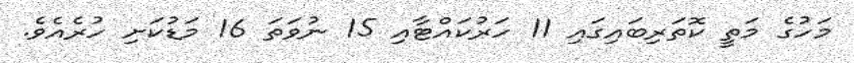
މަހުގެ މަތީ ކޮތަރިބައިގައި 11 ހަރުކައްޓާއި 15 ނުވަތަ 16 މަޑުކަށި ހުރެއެވެ.